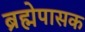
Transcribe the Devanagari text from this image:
ब्रह्मेपासक